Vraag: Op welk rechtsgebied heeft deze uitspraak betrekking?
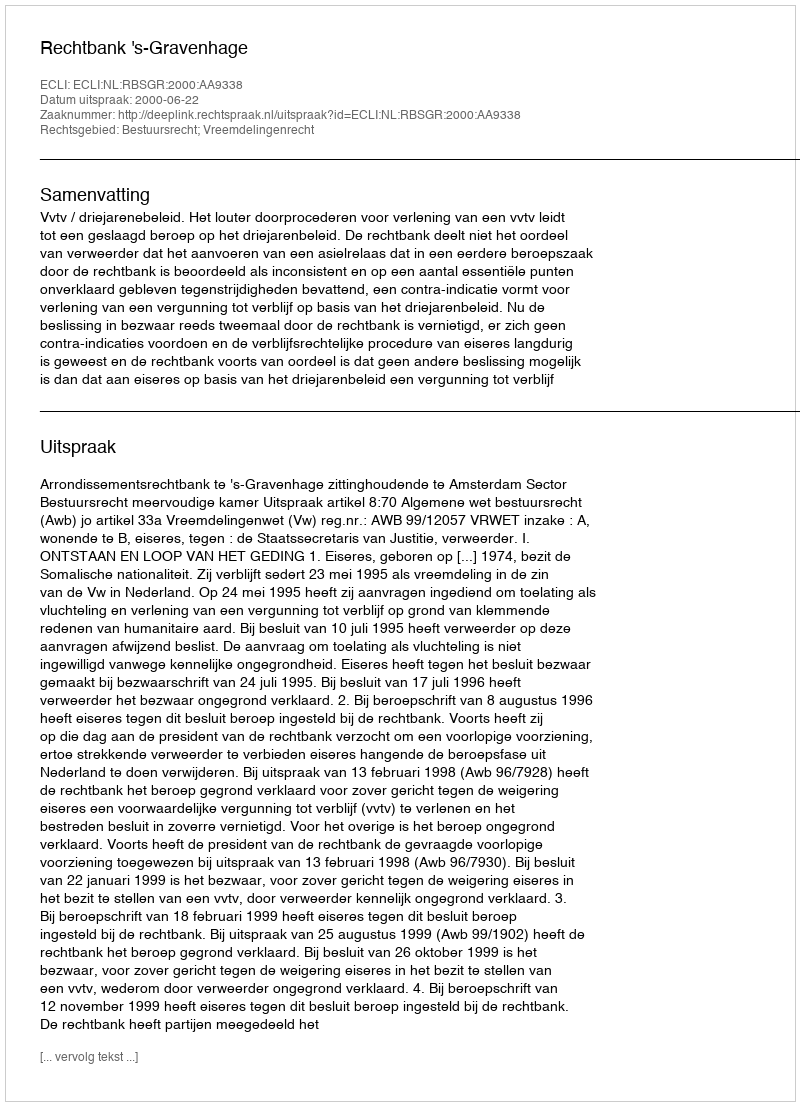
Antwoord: Bestuursrecht; Vreemdelingenrecht